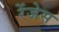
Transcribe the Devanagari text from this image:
रेंजेस